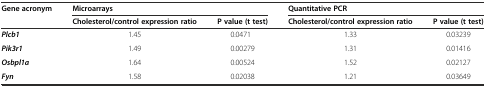
| <ROWSPAN=2> Gene acronym | <COLSPAN=2> Microarrays | <COLSPAN=2> Quantitative PCR |
 | Cholesterol/control expression ratio | P value (t test) | Cholesterol/control expression ratio | P value (t test) |
 | --- | --- | --- | --- | --- |
 | Plcb1 | 1.45 | 0.0471 | 1.33 | 0.03239 |
 | Pik3r1 | 1.49 | 0.00279 | 1.31 | 0.01416 |
 | Osbpl1a | 1.64 | 0.00524 | 1.52 | 0.02127 |
 | Fyn | 1.58 | 0.02038 | 1.21 | 0.03649 |